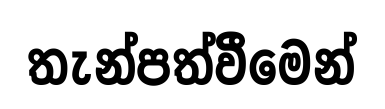
තැන්පත්වීමෙන්